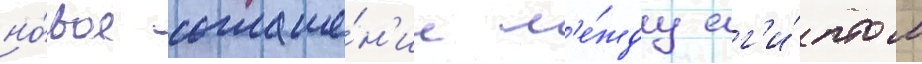
но́вое соглаше́н'ие м'е́жду ег'и́птом